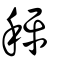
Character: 秤